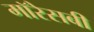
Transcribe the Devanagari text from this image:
मॉरेसबी